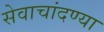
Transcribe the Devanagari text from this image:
सेवाचांदण्या